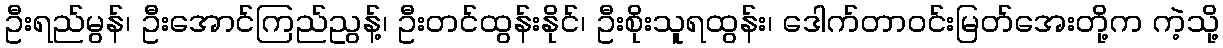
ဦးရည်မွန်၊ ဦးအောင်ကြည်ညွန့်၊ ဦးတင်ထွန်းနိုင်၊ ဦးစိုးသူရထွန်း၊ ဒေါက်တာဝင်းမြတ်အေးတို့က ကဲ့သို့